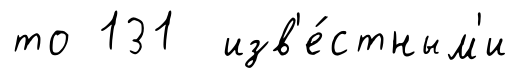
то 131 изв'е́стным'и